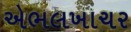
એભલખાચર